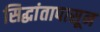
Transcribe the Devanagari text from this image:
सिद्धांतापासून